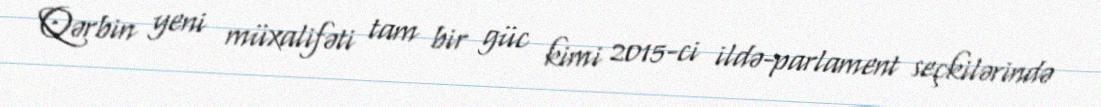
Qərbin yeni müxalifəti tam bir güc kimi 2015-ci ildə-parlament seçkilərində